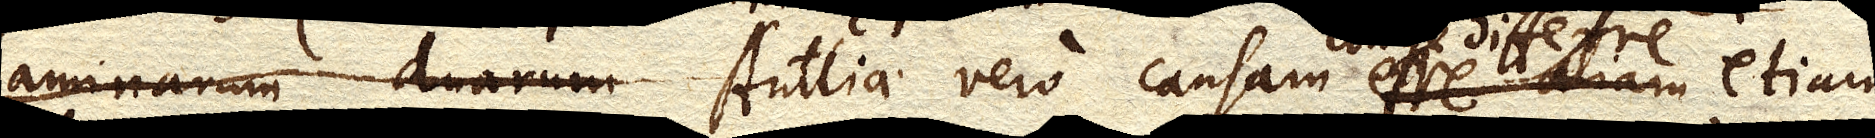
laminarum duarum Antliae vero causam esse aliam etiam